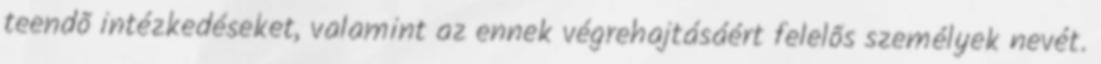
teendõ intézkedéseket, valamint az ennek végrehajtásáért felelõs személyek nevét.